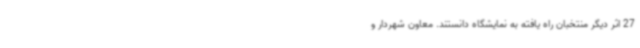
27 اثر دیگر منتخبان راه یافته به نمایشگاه دانستند. معاون شهردار و